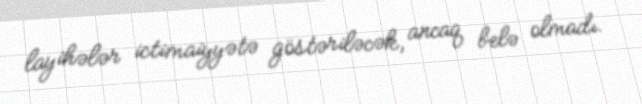
layihələr ictimaiyyətə göstəriləcək, ancaq belə olmadı.